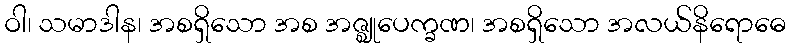
ဝါ၊ သမာဒါန၊ အစရှိသော အစ အဇ္ဈုပေက္ခဏ၊ အစရှိသော အလယ်နိရောဓေ